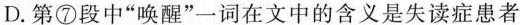
D-第⑦段中“唤醒”词在文中的含义是失读症患者